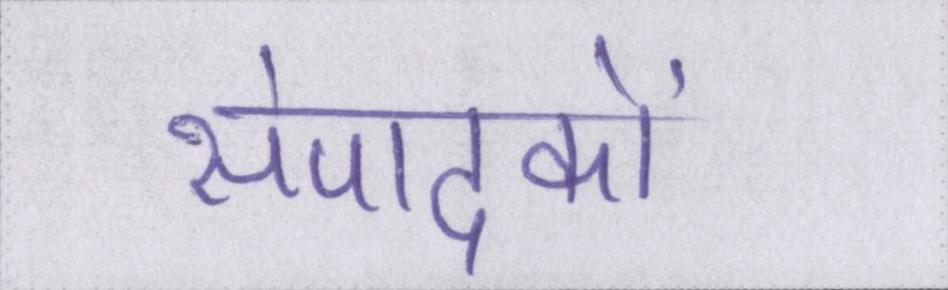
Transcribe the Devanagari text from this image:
संपादकों